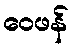
ဝေဖန်